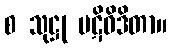
စ သုဋ္ဌု ပဋိဝိဒိတာ။